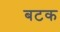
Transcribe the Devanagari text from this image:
बटक